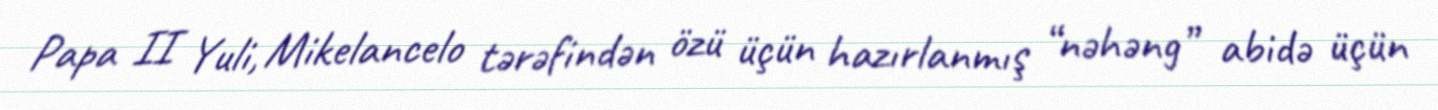
Papa II Yuli, Mikelancelo tərəfindən özü üçün hazırlanmış “nəhəng” abidə üçün